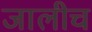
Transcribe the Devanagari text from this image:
जालीच